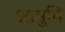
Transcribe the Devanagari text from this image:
आमुचि